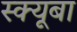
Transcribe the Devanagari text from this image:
स्क्यूबा